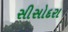
સીસોદરા